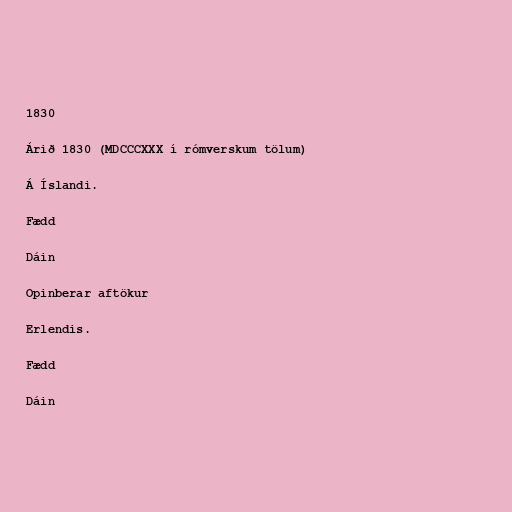
1830

Árið 1830 (MDCCCXXX í rómverskum tölum)

Á Íslandi.

Fædd

Dáin

Opinberar aftökur

Erlendis.

Fædd

Dáin